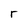
Character: r